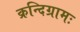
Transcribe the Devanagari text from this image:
क्रन्दिग्रामः